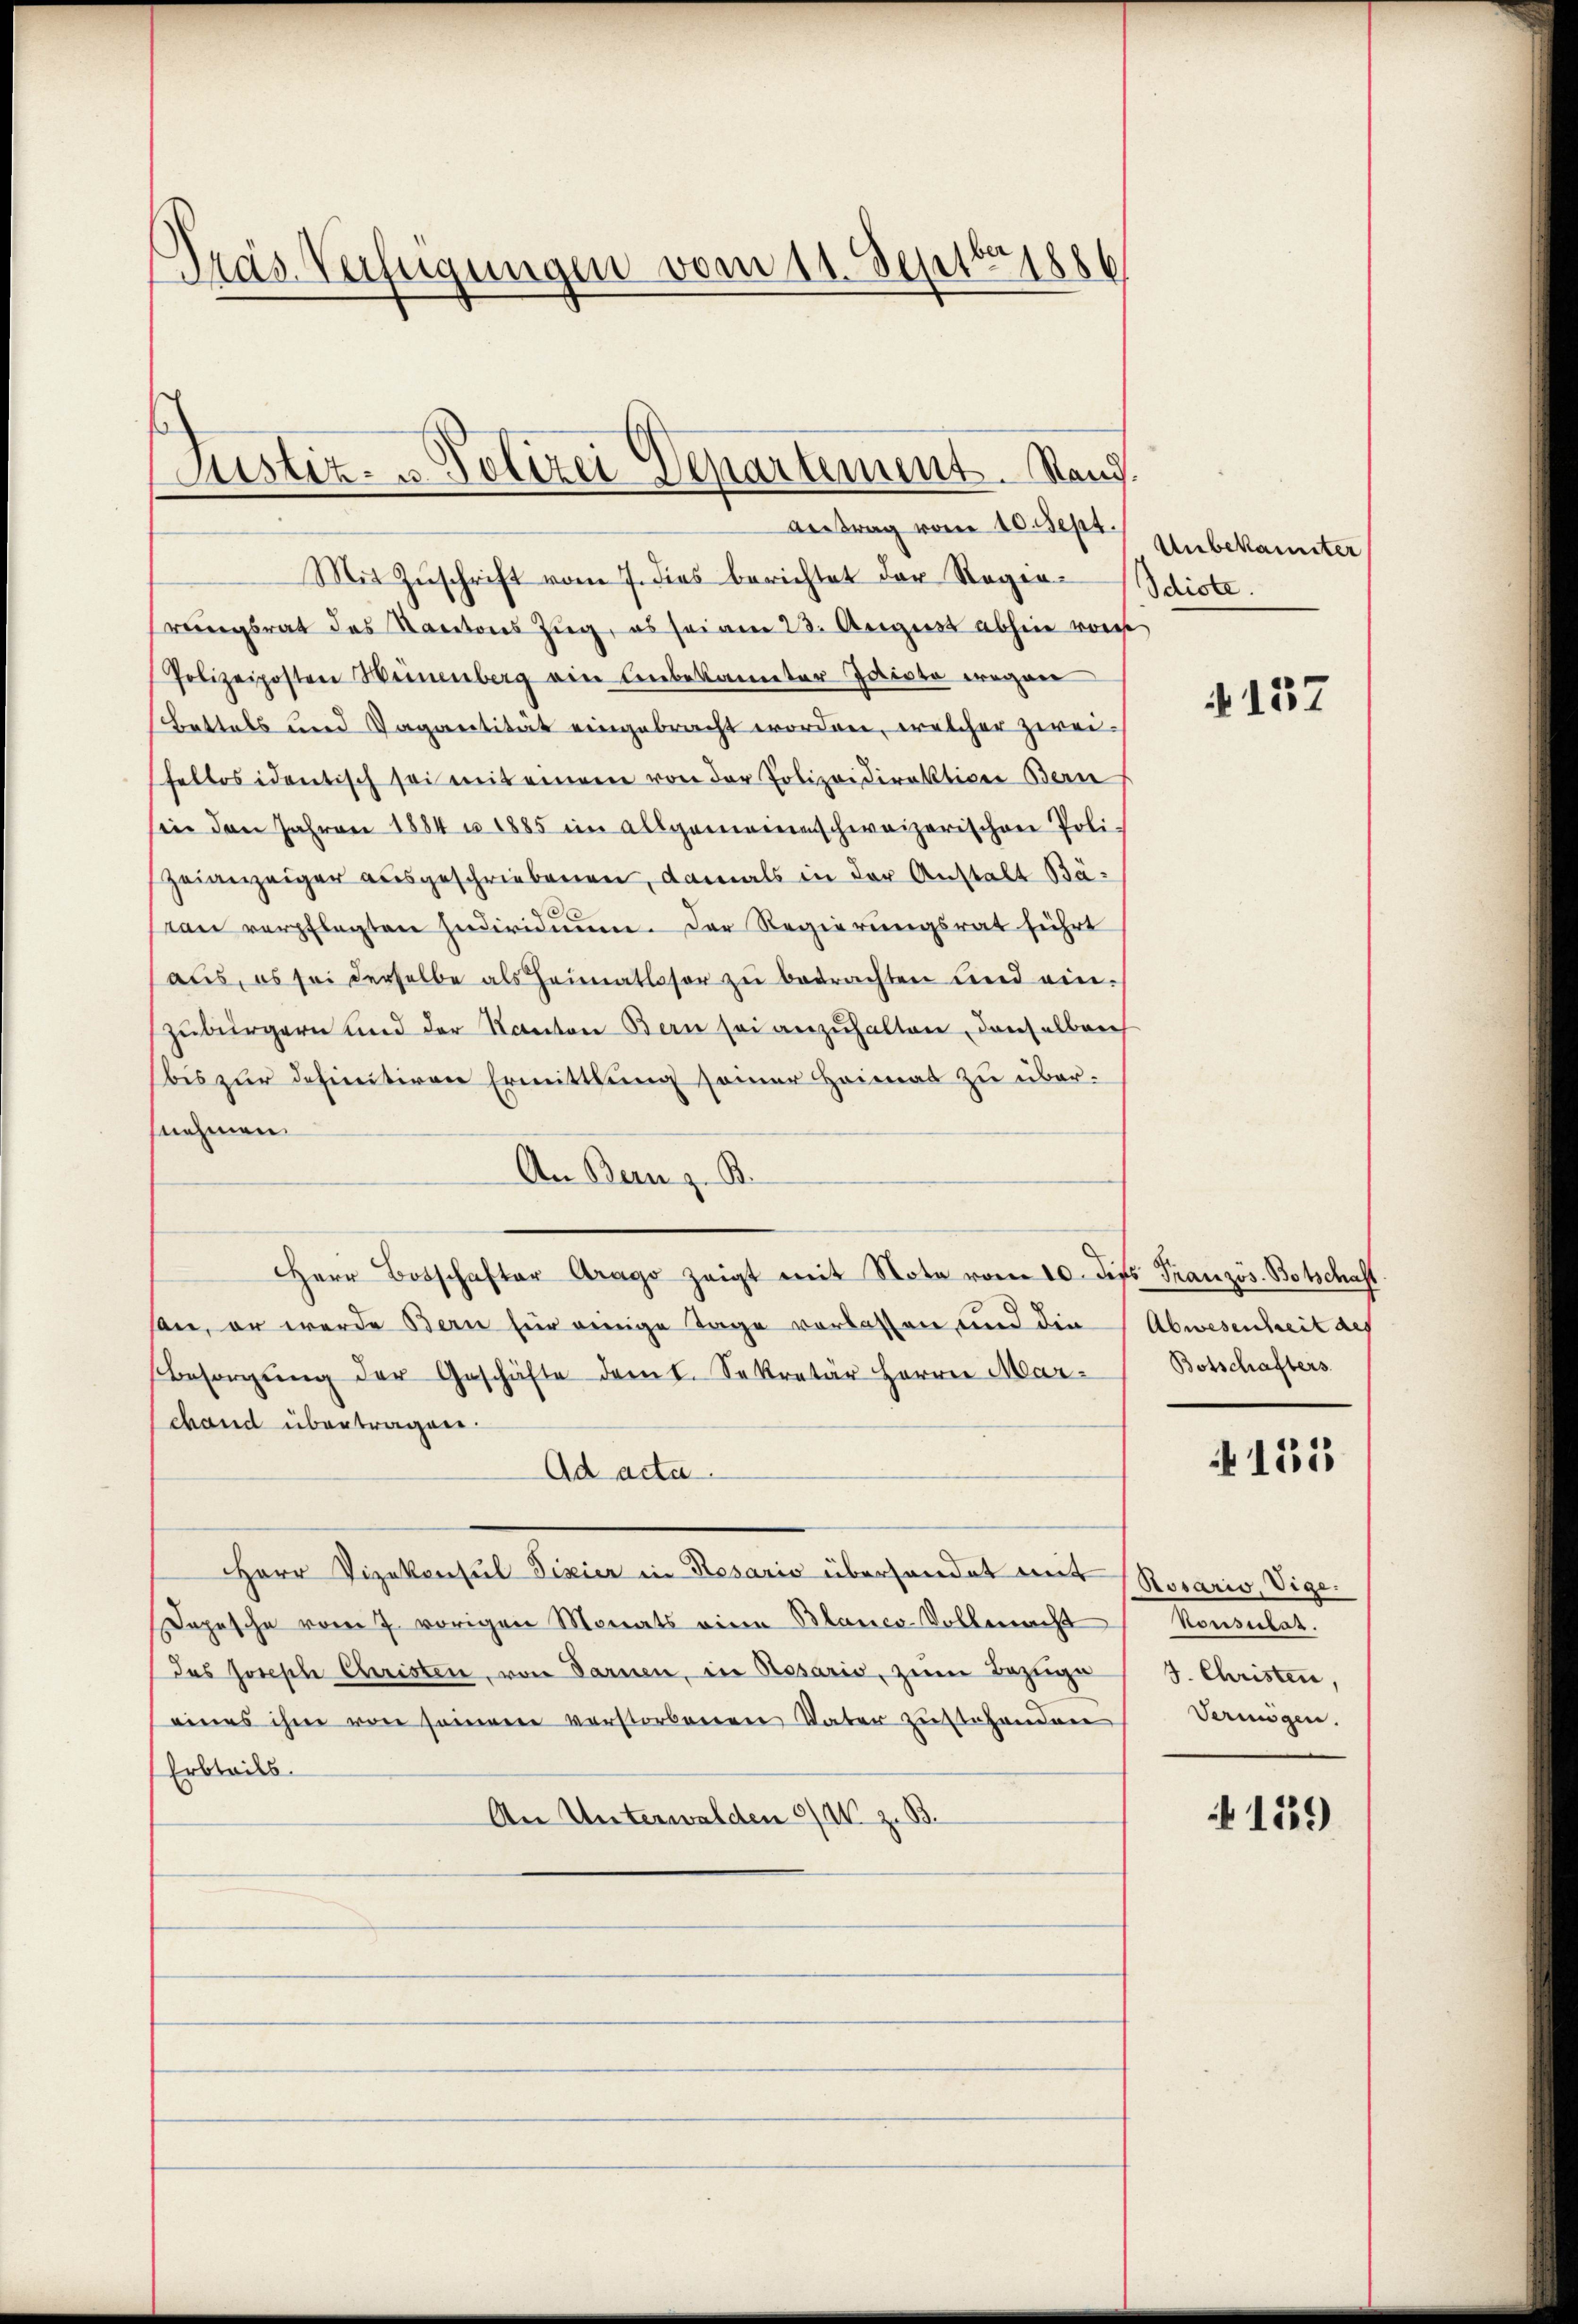
Dräs Verfügungen vom 11. Septbr 1886

Justiz- & Polizei Departement. Rand.
Antrag vom 10. Sept.

Mit Zŭschrift vom 7. dies berichtet der Regie-
riegsrat des Kantons Zŭg, es sei am 23. August abhin von
Polizeiposten Weinenberg ein Einbekannter Idiote wegen
Bettels und Vagantität eingebracht worden, welcher zwei-
fellos identisch sei mit einem von der Polizeidirektion Bern
sin den Jahren 1884 u. 1885 im allgemeine schweizerischen Poli-
Zeianzeiger ausgeschriebenen, damals in der Anstalt Bäston verpflegten Individuum. Der Regierungsrat führt
aŭs, es sei derselbe als Heimatloser zŭ betrachten und ein-
zubürgern und der Kanton Bern sei anzuhalten, denselber
bis zur definitiven Ermittlung seiner Heimat zu übernehmen.
An Bern z. B.
Herr Botschafter Arago zeigt mit Note vom 10. die Französ. Botschaft
son, er werde Bern für einnige Tage vorlassen und die
Besorgŭng der Geschäfte dem I. Sekretär Herrn Mar¬
Schand übertragen.
Ad acta.
Herr Vizekonsul Fixier in Rosario überhandet mit
opesche vom 7. vorigen Monats eine Blanco-Vollmacht
das Joseph Christen, von Sarnen, in Rosario, zum Bezuge
eines ihm von seinem verstorbenen Vater zustehenden Vermögen.
Erbteils.
An Unterwalden 3/4 z. B.

Unbekannter
Idiote.

4137

Abwesenheit des
Botschafters

151

Posario, Vige.
Konsulat.
7. Christen,

159